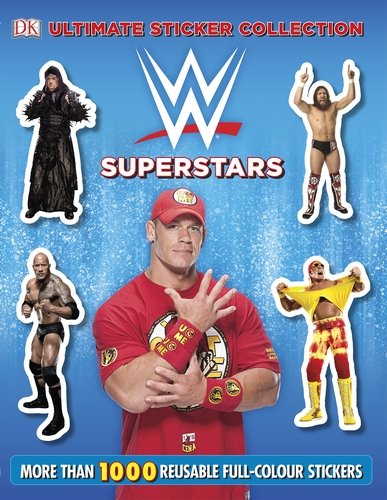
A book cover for Ultimate Sticker Collection:  WWE Superstars (DK Ultimate Sticker Collections); BradyGames; Arts & Photography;